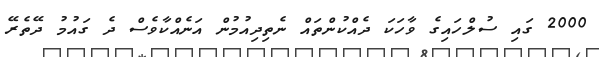
2000 ގައި ސުލްހައިގެ ވާހަކަ ދެއްކުންތައް ނެތިދިއުމުން އަނެއްކާވެސް ދެ ގައުމު ދޭތެރޭ